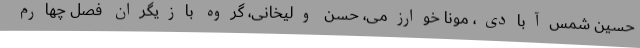
حسین شمس‌آبادی، مونا خوارزمی، حسن ولیخانی، گروه بازیگران فصل چهارم